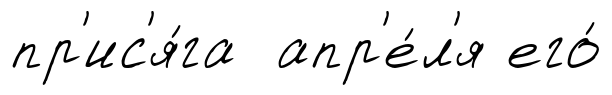
пр'ис'я́га апр'е́л'я его́